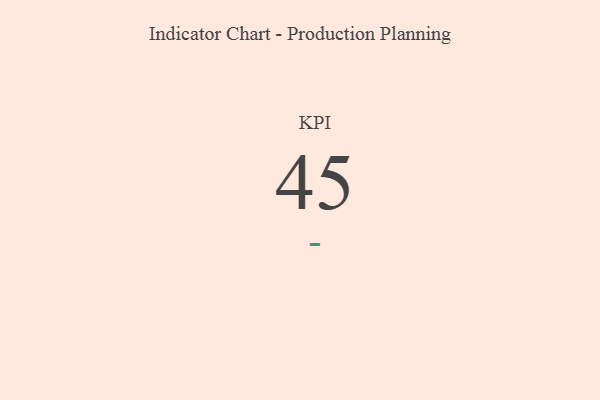
{"axis": {"x": "KPI", "y": "Value"}, "legend": [""], "data": [{"x": "KPI", "y": 45, "type": ""}]}